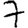
Digit: 7